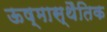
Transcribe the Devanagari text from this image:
ऊष्मास्थैतिक